Report of the Municipal Commissioner on the plague in Bombay for the year ending 31st May... - Volume 3
Disease focus: Plague
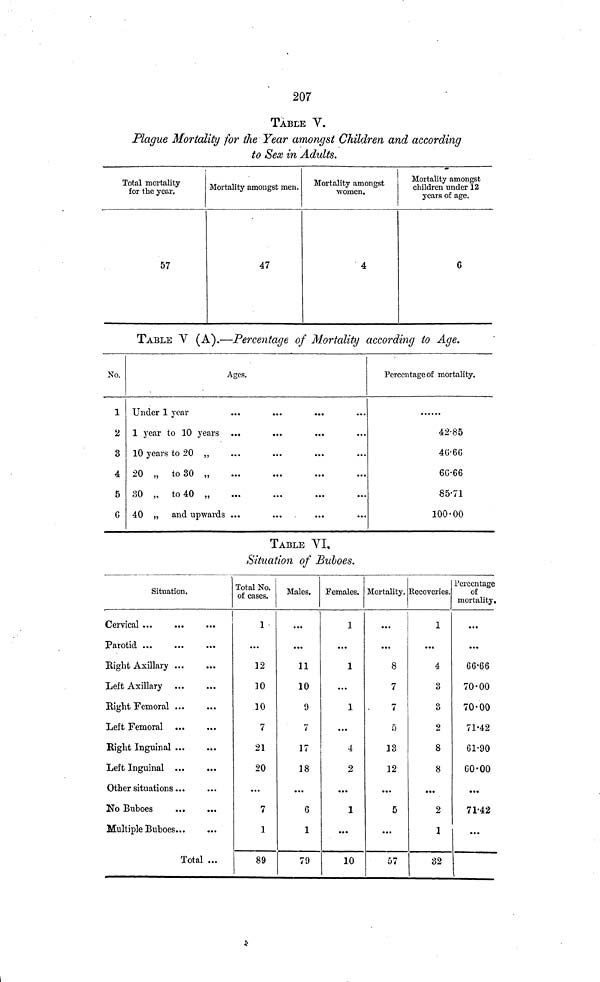
207
TABLE V.
Plague Mortality for the Year amongst Children and according
to Sex in Adults.
Total mortality
for the year.
57
Mortality amongst men.
47
Mortality amongst
women.
4
Mortality amongst
children under 12
years of age.
6
TABLE Y (A).—Percentage of Mortality according to Age.
No.
1
2
3
4
5
Ages.
Under 1 year
1 year to 10 years
10 years to 20 „
20 „ to 30 „
30 „ to 40 „
40 „ and upwards ...
Percentage of mortality.
42·85
46·66
85·71
100·00
TABLE VI,
Situation of Buboes.
Situation.
'
Cervical ...
Parotid ...
Eight Axillary
Left Axillary
Bight Femoral ...
Left Femoral
Bight Inguinal ...
Left Inguinal ...
Other situations ...
No Buboes
Multiple Buboes...
Total ...
Total No.
of cases.
1
...
12
10
10
7
21
20
...
7
1
89
Males.
...
...
11
10
9
7
17
18
...
6
1
79
Females.
1
...
1
...
1
...
4
2
...
1
...
10
Mortality,
...
...
8
7
7
5
13
12
...
5
...
57
Recoveries.
1
...
4
3
3
2
8
8
• ••
2
32
Percentage
of
mortality.
...
...
70·00
70·00
71·42
61·90
60·00
71·42
...